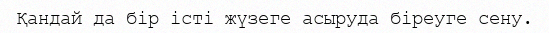
Қандай да бір істі жүзеге асыруда біреуге сену.